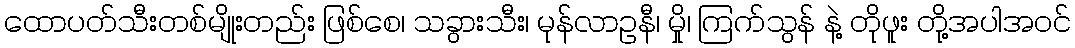
ထောပတ်သီးတစ်မျိုးတည်း ဖြစ်စေ၊ သခွားသီး၊ မုန်လာဥနီ၊ မှို၊ ကြက်သွန် နဲ့ တိုဖူး တို့အပါအဝင်